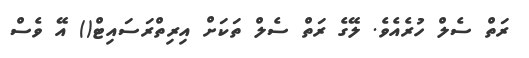
ރަތް ސެލް ހުރެއެވެ. ލޭގެ ރަތް ސެލް ތަކަށް އިރިތްރަސައިޓް() އޭ ވެސް